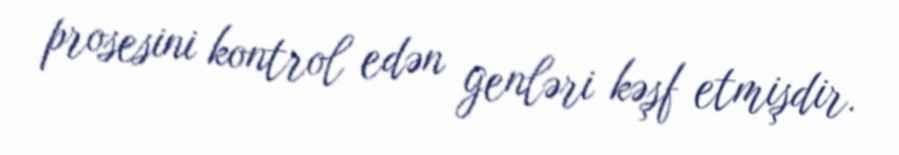
prosesini kontrol edən genləri kəşf etmişdir.